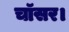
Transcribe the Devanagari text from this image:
चॉसर।